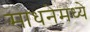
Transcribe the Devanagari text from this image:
साधनेमध्ये